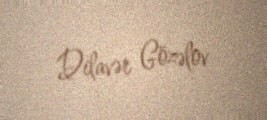
Dilavər Gözəlov